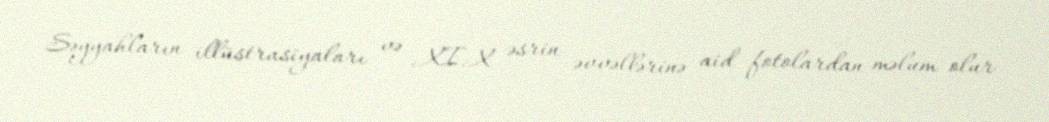
Səyyahların illüstrasiyaları və XIX əsrin əvvəllərinə aid fotolardan məlum olur